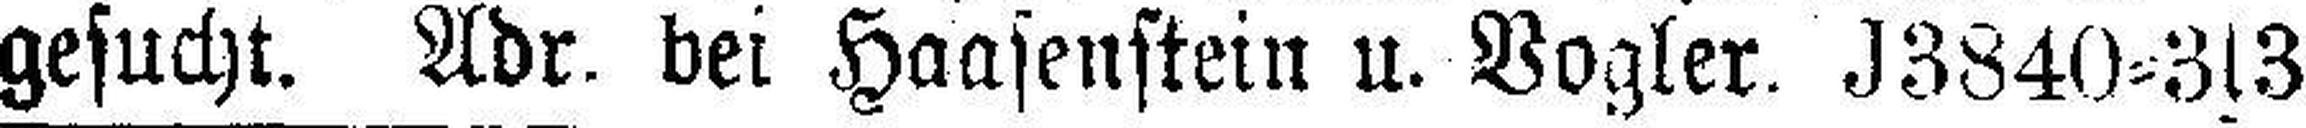
gesucht. Adr. bei Haasenstein u. Vogler. J3840=3s3